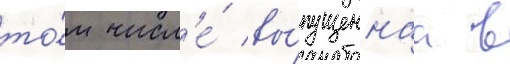
то́м числ'е́ вы́пущеннаа в